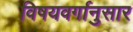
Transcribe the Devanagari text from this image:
विषयवर्गानुसार